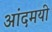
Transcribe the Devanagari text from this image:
आंदमयी